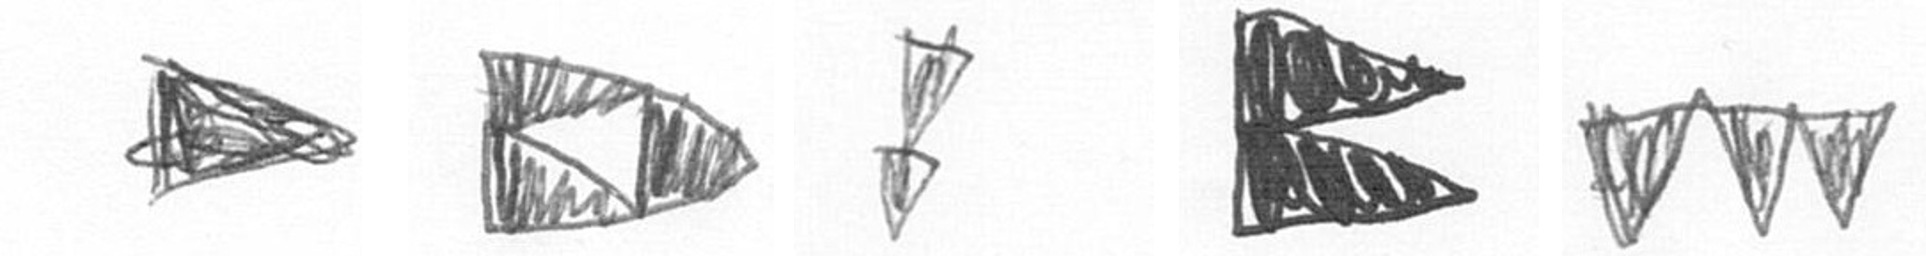
T K Z P L